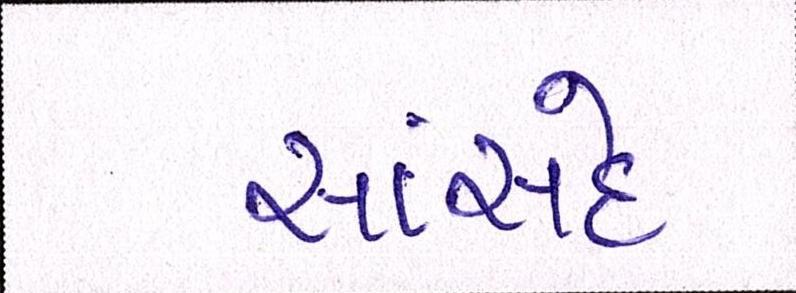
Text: સાંસદે